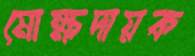
মোক্ষদায়ক